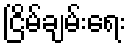
ငြိမ်ချမ်းရေး